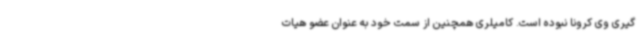
گیری وی کرونا نبوده است. کامیلری همچنین از سمت خود به عنوان عضو هیات